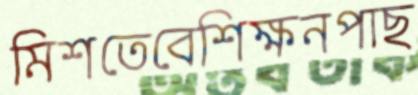
মিশতেবেশিক্ষনপাছ